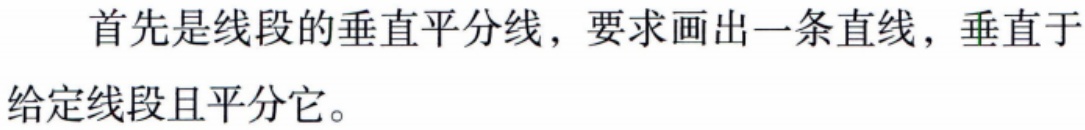
首先是线段的垂直平分线，要求画出一条直线，垂直于给定线段且平分它。